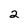
Character: 2